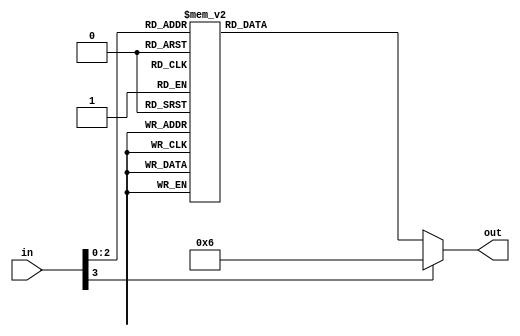
`timescale 1ns / 1ps
//////////////////////////////////////////////////////////////////////////////////
// Company: 
// Engineer: 
// 
// Design Name: 
// Module Name: Transcoder
// Project Name: 
// Target Devices: 
// Tool Versions: 
// Description: 
// 
// Dependencies: 
// 
// Revision:
// Revision 0.01 - File Created
// Additional Comments:
// 
//////////////////////////////////////////////////////////////////////////////////


module Transcoder(
  input [3:0] in,
  output reg [6:0] out
  );

  always@(in) begin
    case(in)
      4'd0: out = 7'b1000000;
      4'd1: out = 7'b1111001;
      4'd2: out = 7'b0100100;
      4'd3: out = 7'b0110000;
      4'd4: out = 7'b0011001;
      4'd5: out = 7'b0010010;
      4'd6: out = 7'b0000010;
      4'd7: out = 7'b1111000;
      default: out = 7'b0000110;
    endcase 
  end

endmodule